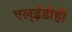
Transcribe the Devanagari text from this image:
एल्‌ईडीही